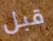
قبل